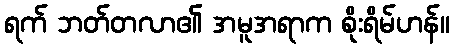
ရက် ဘတ်တလာ၏ အမူအရာက စိုးရိမ်ဟန်။